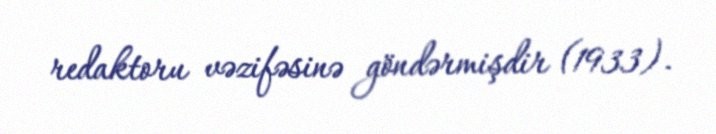
redaktoru vəzifəsinə göndərmişdir (1933).